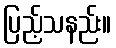
ပြည့်သနည်း။